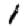
Digit: 1